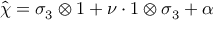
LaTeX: \widehat { \chi } = \sigma _ { 3 } \otimes 1 + \nu \cdot 1 \otimes \sigma _ { 3 } + \alpha